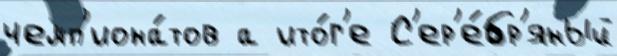
чемп'иона́тов а ито́г'е С'ер'е́бр'яный